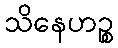
သိနေဟဉ္စ